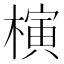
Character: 𣘹